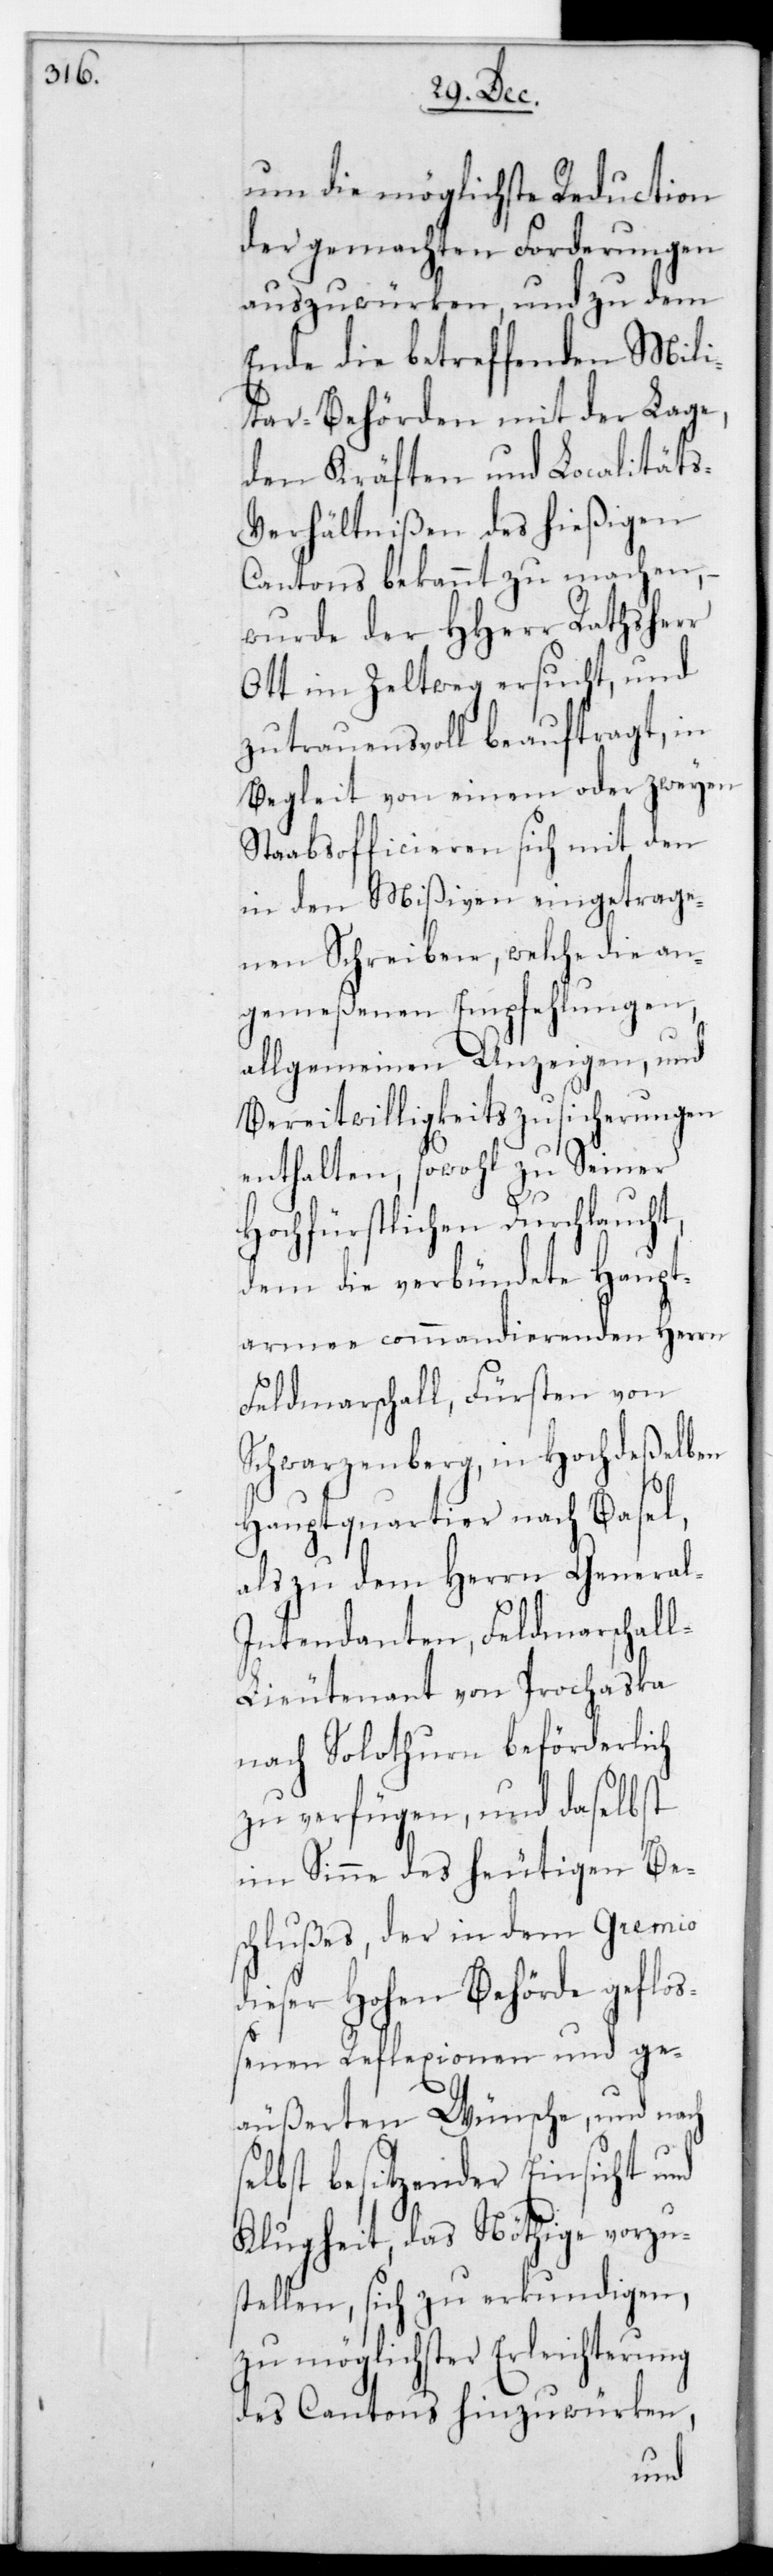
um die möglichste Reduction
der gemachten Forderungen
auszuwürken, und zu dem
Ende die betreffenden Mili¬
Lage,
tar-Behörden mit
itäts-V¬
den Kräften und Lo¬
erhältnißen des hießigen
se¬
Cantons bekannt zu
der
wurde der HHerr
Ott im Zeltweg ersucht, und
zutrauensvoll beauftragt, in
Begleit von einem oder zweyen
Staabsofficieren sich mit den
in den Mißiven eingetrage¬
nen Schreiben, welche die an¬
gemeßenen Empfehlungen,
allgemeinen Anzeigen und
Bereitwilligkeitszusicherungen
enthalten, sowohl zu Seiner
Hochfürstlichen Durchlaucht,
dem die verbündete Haupt¬
armee commandierenden Herrn
Feldmarschall, Fürsten von
Schwarzenberg, in Hochdeßelben
Hauptquartier nach Basel,
als zu dem Herrn General-I¬
ntendanten, Feldmarschal¬
l-Lieutenant von Prochaska
nach Solothurn beförderlich
zu verfügen, und daselbst
im Sinne des heutigen Bes¬
chlußes, der in dem Gremio
dieser Hohen Behörde gefloß¬
enen Reflexionen und ge¬
äußereten Wünsche, und nach
lbst besitzender Einsicht und
Klugheit, das nöthige vorzu¬
stellen, sich zu erkundigen,
zu möglichster Erleichterung
des Cantons hinzuwürken,